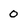
Character: 0